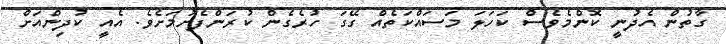
ގާތުން އެދުނީ ކޮންމެވެސް ކަހަލަ މަސައްކަތެއް ގޭގަ ހުރެގެން ކުރަންފެށުމަށެވެ. އެއީ ކުދިންއަށް